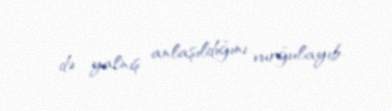
də yalnış anlaşıldığını vurğulayıb.